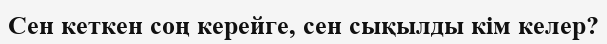
Сен кеткен соң керейге, сен сықылды кім келер?